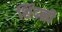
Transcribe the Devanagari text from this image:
शिंदळी